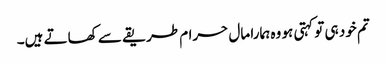
تم خود ہی تو کہتی ہو وہ ہمارا مال حرام طریقے سے کھاتے ہیں۔